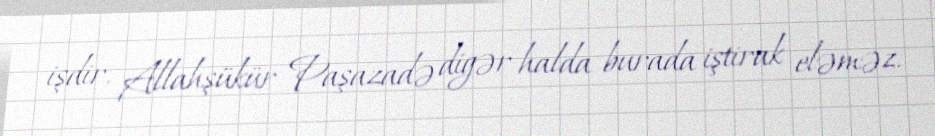
işdir, Allahşükür Paşazadə digər halda burada iştirak eləməz.